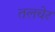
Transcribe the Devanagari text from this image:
तलचेर